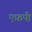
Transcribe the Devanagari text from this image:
एफ़पी